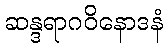
ဆန္ဒရာဂဝိနောဒနံ